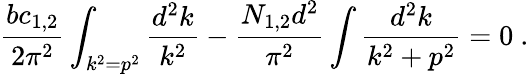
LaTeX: {\frac{bc_{1,2}}{2\pi^{2}}}\int_{k^{2}=p^{2}}{\frac{d^{2}k}{k^{2}}}-{\frac{N_{1,2}d^{2}}{\pi^{2}}}\int{\frac{d^{2}k}{k^{2}+p^{2}}}=0~.